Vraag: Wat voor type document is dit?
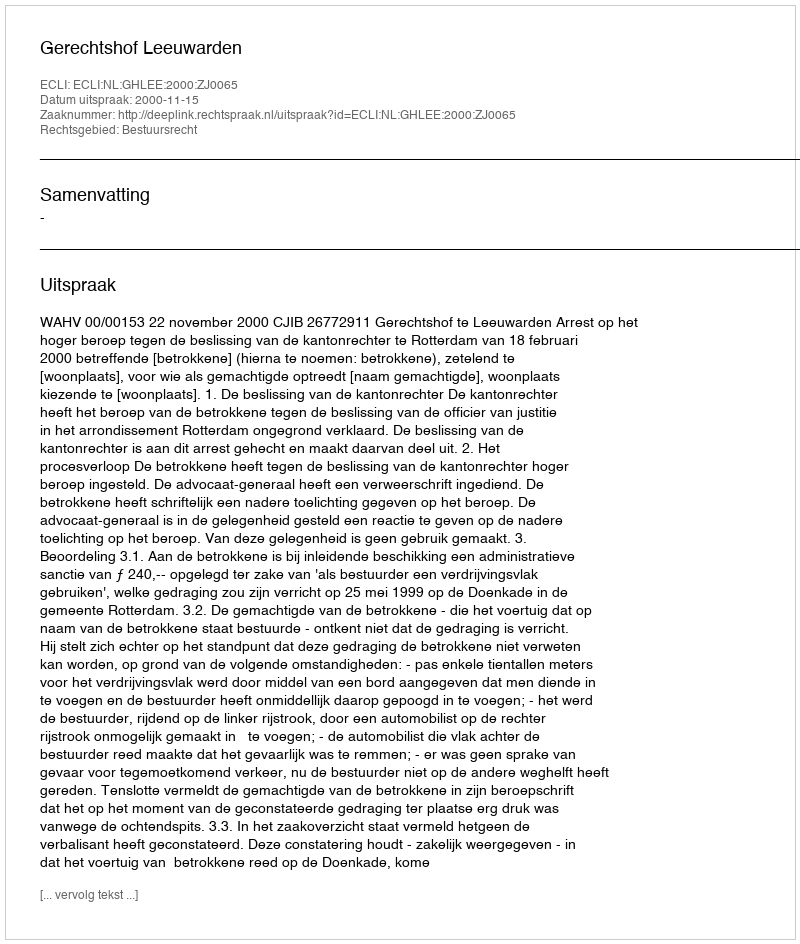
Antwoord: Uitspraak